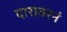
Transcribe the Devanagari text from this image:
दारावरनं